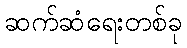
ဆက်ဆံရေးတစ်ခု